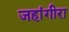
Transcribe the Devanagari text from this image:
जहांगीरा